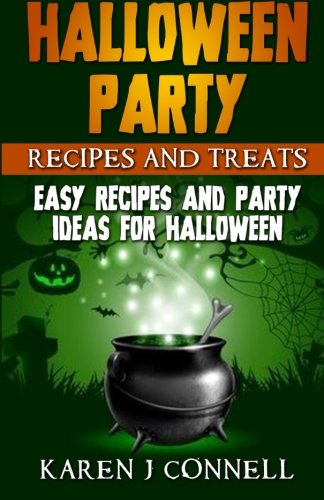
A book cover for Halloween Party Recipes and Treats: Easy Recipes and Party Ideas for Halloween; Karen J Connell; Cookbooks, Food & Wine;